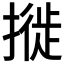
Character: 𢳜